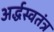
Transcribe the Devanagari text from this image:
अर्द्धस्वतंत्र